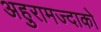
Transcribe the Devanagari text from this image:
अहुरामज्दाको